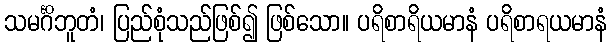
သမင်္ဂိဘူတံ၊ ပြည်စုံသည်ဖြစ်၍ ဖြစ်သော။ ပရိစာရိယမာနံ ပရိစာရယမာနံ